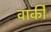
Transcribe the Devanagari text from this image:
वार्की